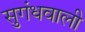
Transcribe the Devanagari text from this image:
सुगंधवाली